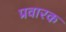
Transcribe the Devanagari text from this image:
प्रवारक